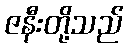
ဇနီးတို့သည်